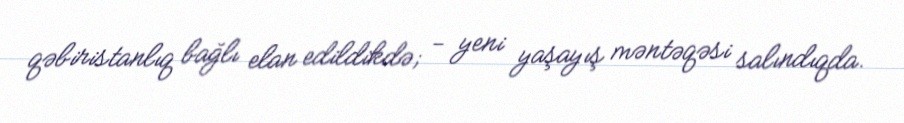
qəbiristanlıq bağlı elan edildikdə; - yeni yaşayış məntəqəsi salındıqda.